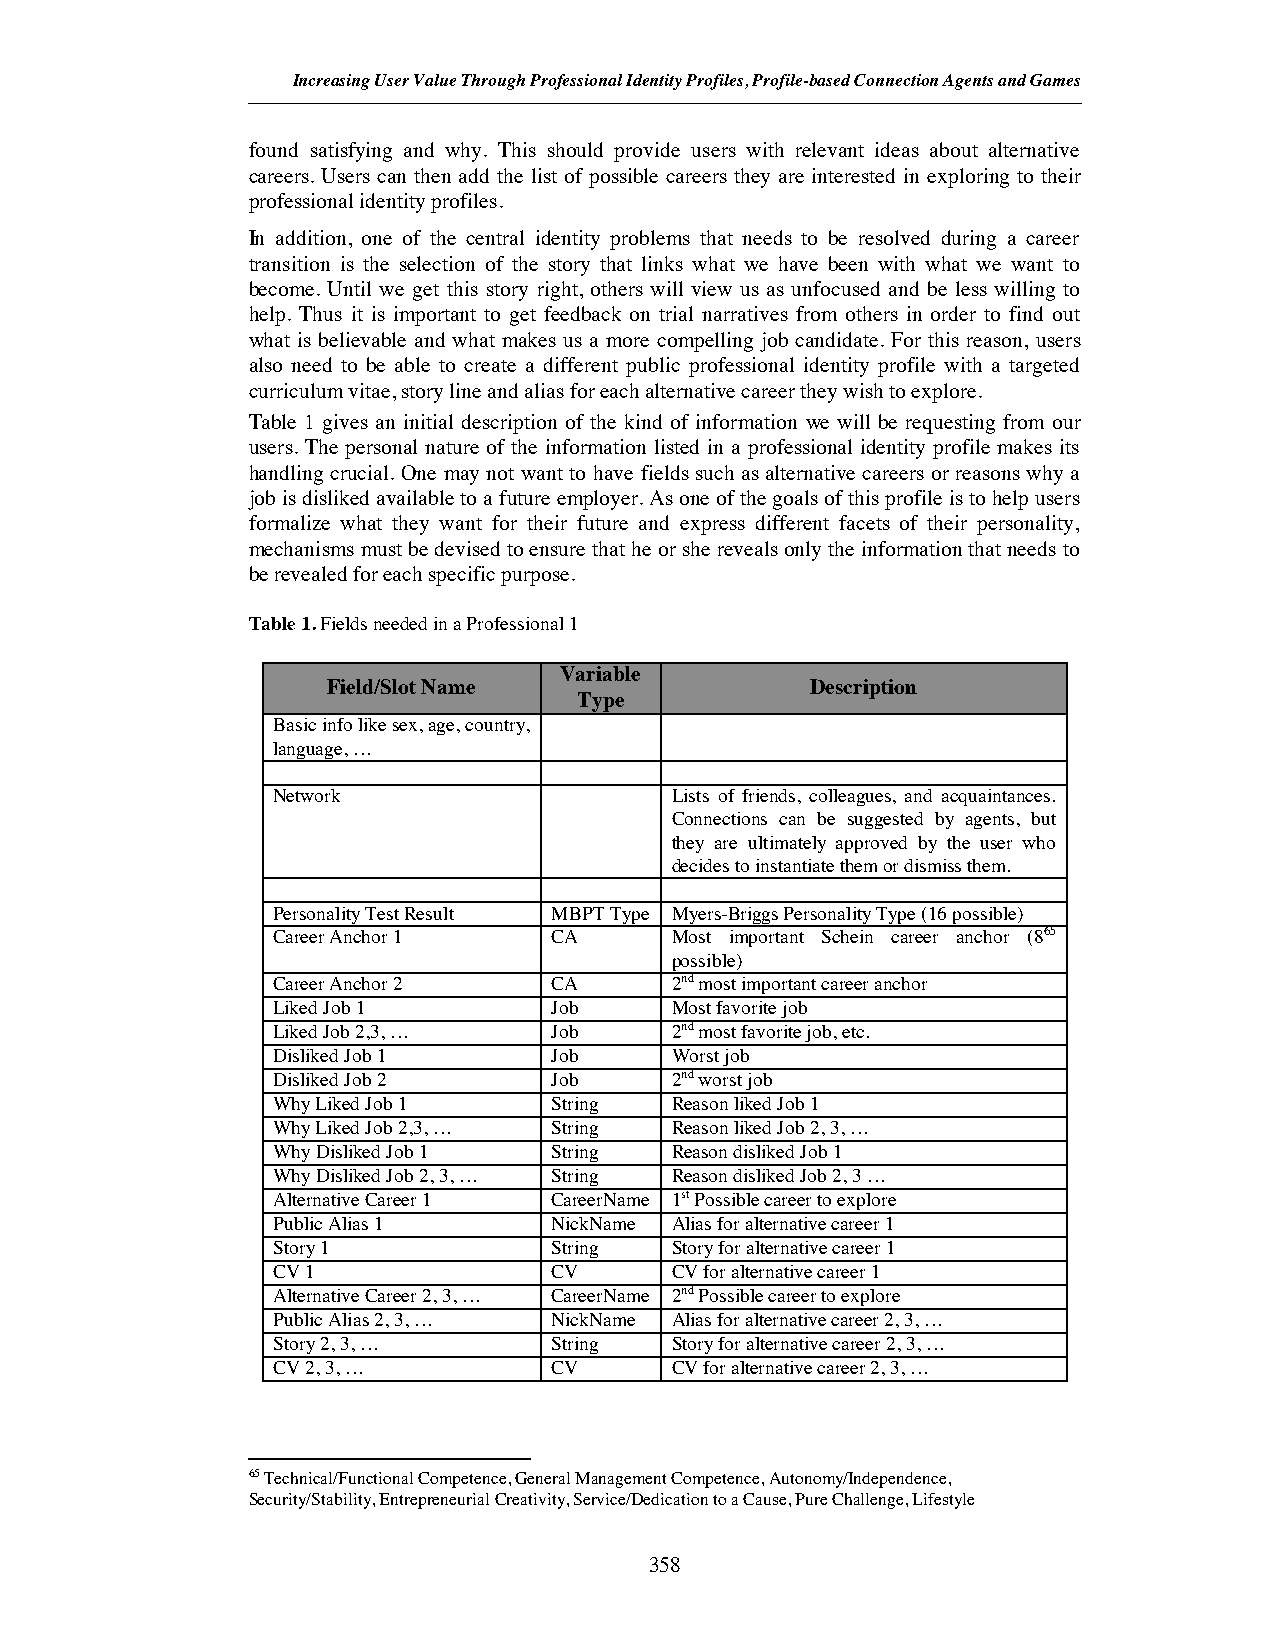
Increasing User Value Through Professional Identity Profiles, Profile-based Connection Agents and Games
 found satisfying and why. This should provide users with relevant ideas about alternative
 careers. Users can then add the list of possible careers they are interested in exploring to their
 professional identity profiles.
 In addition, one of the central identity problems that needs to be resolved during a career
 transition is the selection of the story that links what we have been with what we want to
 become. Until we get this story right, others will view us as unfocused and be less willing to
 help. Thus it is important to get feedback on trial narratives from others in order to find out
 what is believable and what makes us a more compelling job candidate. For this reason, users
 also need to be able to create a different public professional identity profile with a targeted
 curriculum vitae, story line and alias for each alternative career they wish to explore.
 Table 1 gives an initial description of the kind of information we will be requesting from our
 users. The personal nature of the information listed in a professional identity profile makes its
 handling crucial. One may not want to have fields such as alternative careers or reasons why a
 job is disliked available to a future employer. As one of the goals of this profile is to help users
 formalize what they want for their future and express different facets of their personality,
 mechanisms must be devised to ensure that he or she reveals only the information that needs to
 be revealed for each specific purpose.
 Table 1. Fields needed in a Professional1
 Variable
 Field/Slot Name                 Description
 Type
 Basic info like sex, age, country,
 language, …
 Network                   Lists of friends, colleagues, and acquaintances.
 Connections can be suggested by agents, but
 they are ultimately approved by the user who
 decides to instantiate them or dismiss them.
 Personality Test Result MBPT Type Myers-Briggs Personality Type (16 possible)
 Career Anchor 1   CA      Most important Schein career anchor (865
 possible)
 Career Anchor 2   CA      2nd most important career anchor
 Liked Job 1       Job     Most favorite job
 Liked Job 2,3, …  Job     2nd most favorite job, etc.
 Disliked Job 1    Job     Worst job
 Disliked Job2     Job     2nd worst job
 Why Liked Job 1   String  Reason liked Job 1
 Why Liked Job 2,3, … String Reason liked Job 2, 3, …
 Why Disliked Job 1 String Reason disliked Job 1
 Why Disliked Job 2, 3, … String Reason disliked Job 2, 3 …
 Alternative Career 1 CareerName 1st Possible career to explore
 Public Alias 1    NickName Alias for alternative career 1
 Story 1           String  Story for alternative career 1
 CV 1              CV      CV for alternative career 1
 Alternative Career 2, 3, … CareerName 2nd Possible career to explore
 Public Alias 2, 3, … NickName Alias for alternative career 2, 3, …
 Story 2, 3, …     String  Story for alternative career 2, 3, …
 CV 2, 3, …        CV      CV for alternative career 2, 3, …
 65 Technical/Functional Competence, General Management Competence, Autonomy/Independence,
 Security/Stability, EntrepreneurialCreativity, Service/Dedication to a Cause, Pure Challenge, Lifestyle
 358